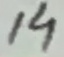
Text: 14